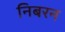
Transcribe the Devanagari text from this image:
निबरन